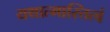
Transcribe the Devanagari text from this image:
यथात्मास्तित्वं